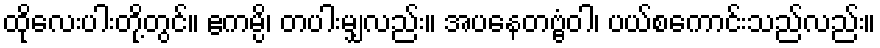
ထိုလေးပါးတို့တွင်။ ဧကမ္ပိ၊ တပါးမျှလည်း။ အပနေတဗ္ဗံဝါ၊ ပယ်စကောင်းသည်လည်း။